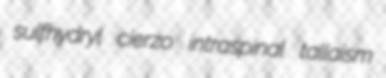
sulfhydryl cierzo intraspinal tallaism